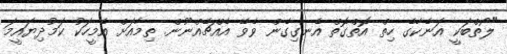
"ލޯތްބަކީ އަނެކާގެ ހިތް އޮތްގޮތް އެނގިގެން ވެވޭ އެއްޗެއްނޫން. ތިމާއަށް އެމީހަކު ކަމުދިޔައީމަ